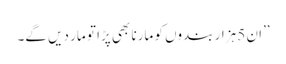
’’ان 5 ہزار بندوں کو مارنا بھی پڑا تو مار دیں گے۔